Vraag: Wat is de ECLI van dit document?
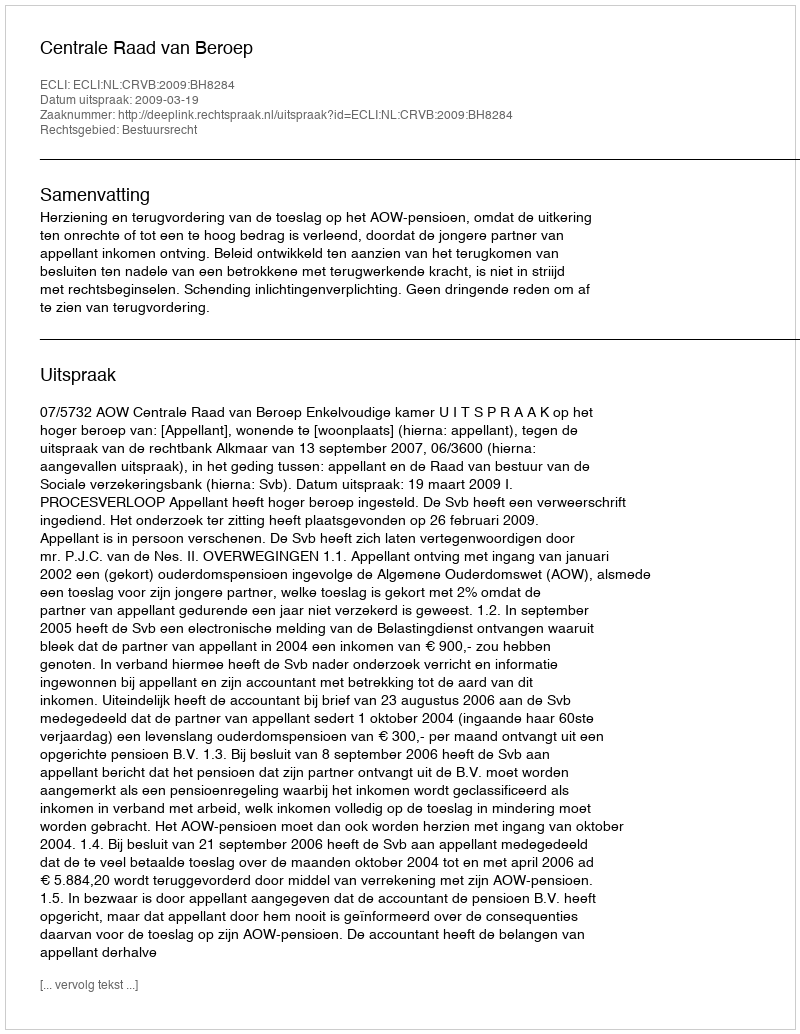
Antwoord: ECLI:NL:CRVB:2009:BH8284